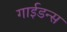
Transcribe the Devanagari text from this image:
गाईडन्स